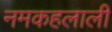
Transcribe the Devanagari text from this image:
नमकहलाली